Tartu_pedagoogiumi_aruanded, lk 8
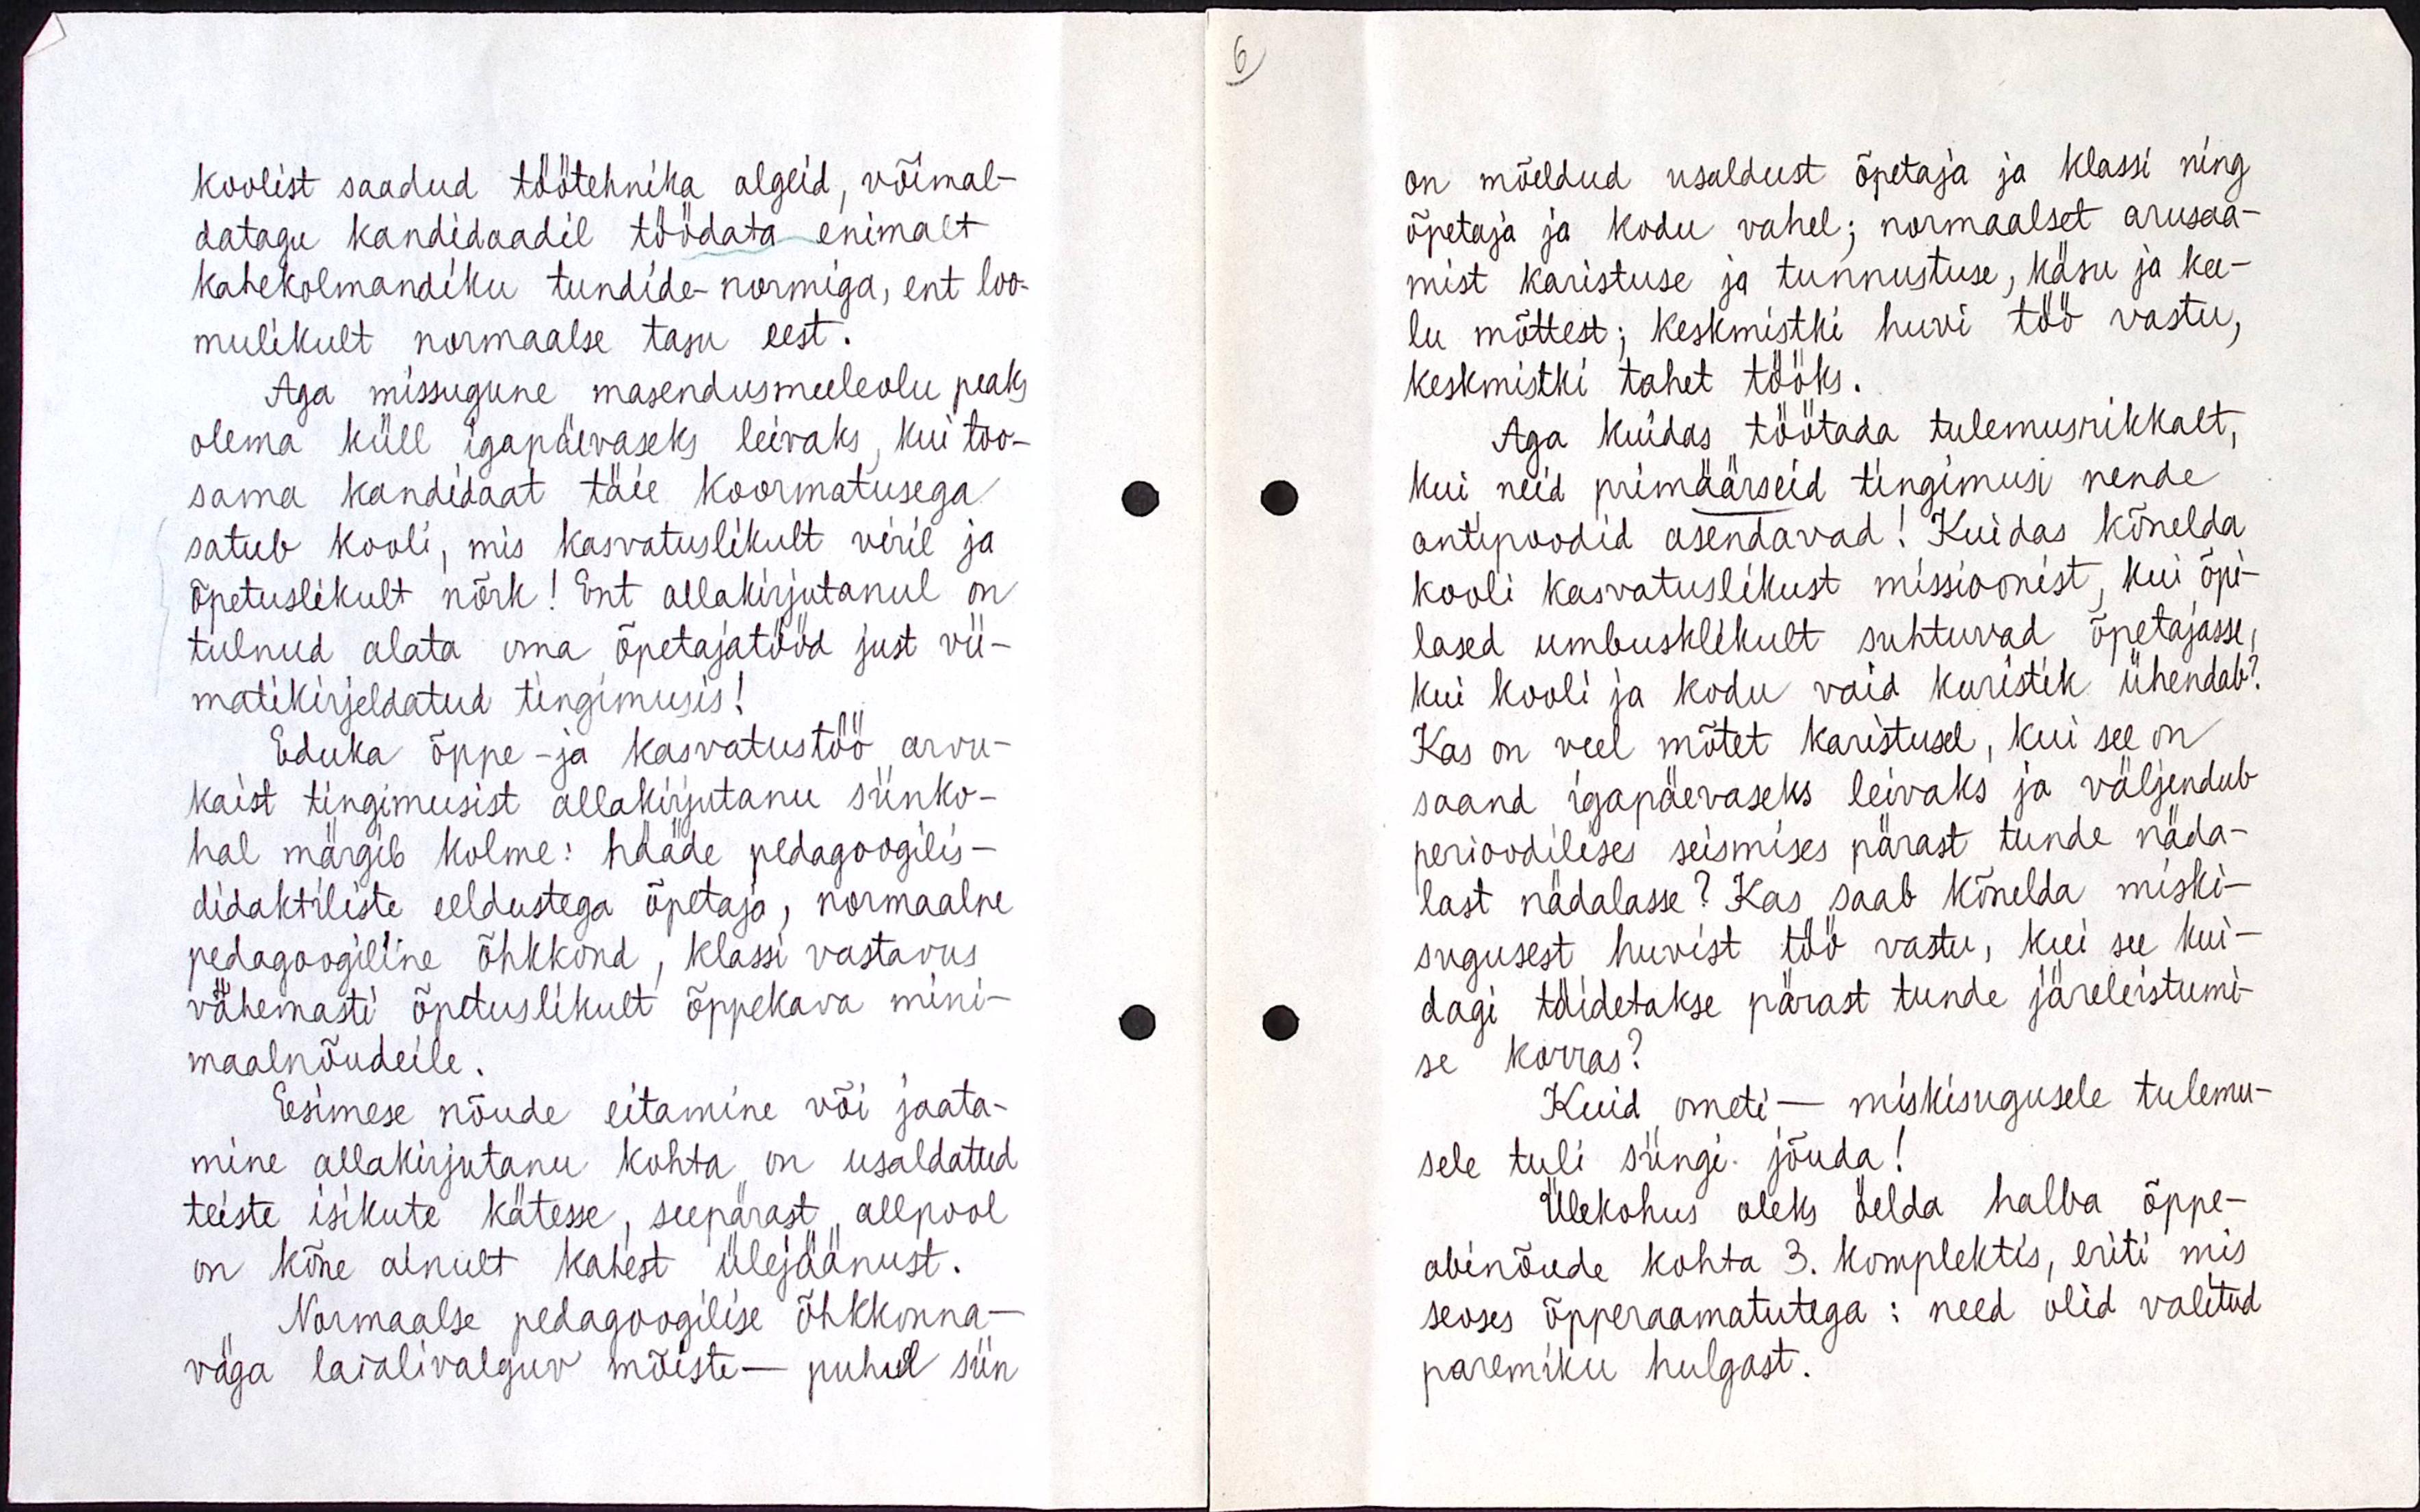
koolist saadud töötehnika algeid, võimal-
datagu kandidaadil töödata enimalt
kahekolmandiku tundide-normiga, ent loo-
mulikult normaalse tasu eest.
Aga missugune masendusmeeleolu peaks
olema küll igapäevaseks leivaks, kui too-
sama kandidaat täie koormatusega
satub kooli, mis kasvatuslikult viril ja
õpetuslikult nõrk! Ent allakirjutanul on
tulnud alata oma õpetajatööd just vii-
matikirjeldatud tingimusis!
Eduka õppe-ja kasvatustöö arvu-
kaist tingimusist allakirjutanu siinko-
hal märgib kolme : hääde pedagoogilis-
didaktiliste eeldustega õpetaja, normaalne
pedagoogiline õhkkond, klassi vastavus
vähemalt õpetuslikult õppekava mini-
maalnõudeile.
Esimese nõude eitamine või jaata-
mine allakirjutanu kohta on usaldatud
teiste isikute kätesse, seepärast allpool
on kõne ainult kahest ülejäänust.
Normaalse pedagoogilise õhkkonna-
väga laialivalguv mõiste - puhul siin

on mõeldud usaldust õpetaja ja klassi ning
õpetaja ja kodu vahel ; normaalset arusaa-
mist karistuse ja tunnustuse, käsu ja kee-
lu mõttest ; kesmistki huvi töö vastu,
keskmistki tahet tööks.
Aga kuidas töötada tulemusrikkalt,
kui need primäärseid tingimusi nende
antipoodid asendavad! Kuidas kõnelda
kooli kasvatuslikust missioonist, kui õpi-
lased umbusklikult suhtuvad õpetajasse,
kui kooli ja kodu vaid kuristik ühendab?
Kas on veel mõtet karistusel, kui see on
saand igapäevaseks leivaks ja väljendub
perioodilises seismises pärast tunde näda-
last nädalasse? Kas saab kõnelda miski-
sugusest huvist töö vastu, kui see kui-
dagi täidetakse pärast tunde järeleistumi-
se korras?
Kuidas ometi - miskisugusele tulemu-
sele tuli siingi jõuda!
Ülekohus oleks öelda halba õppe-
abinõude kohta 3. komplektis, eriti mis
seoses õpperaamatutega : need olid valitud
paremiku hulgast.